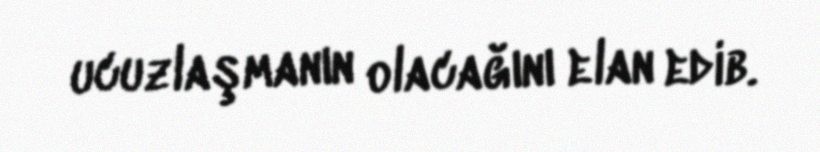
ucuzlaşmanın olacağını elan edib.